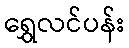
ရွှေလင်ပန်း